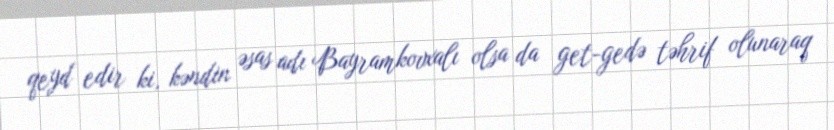
qeyd edir ki, kəndin əsas adı Bayramkovxalı olsa da get-gedə təhrif olunaraq